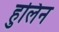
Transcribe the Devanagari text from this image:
हुलिन